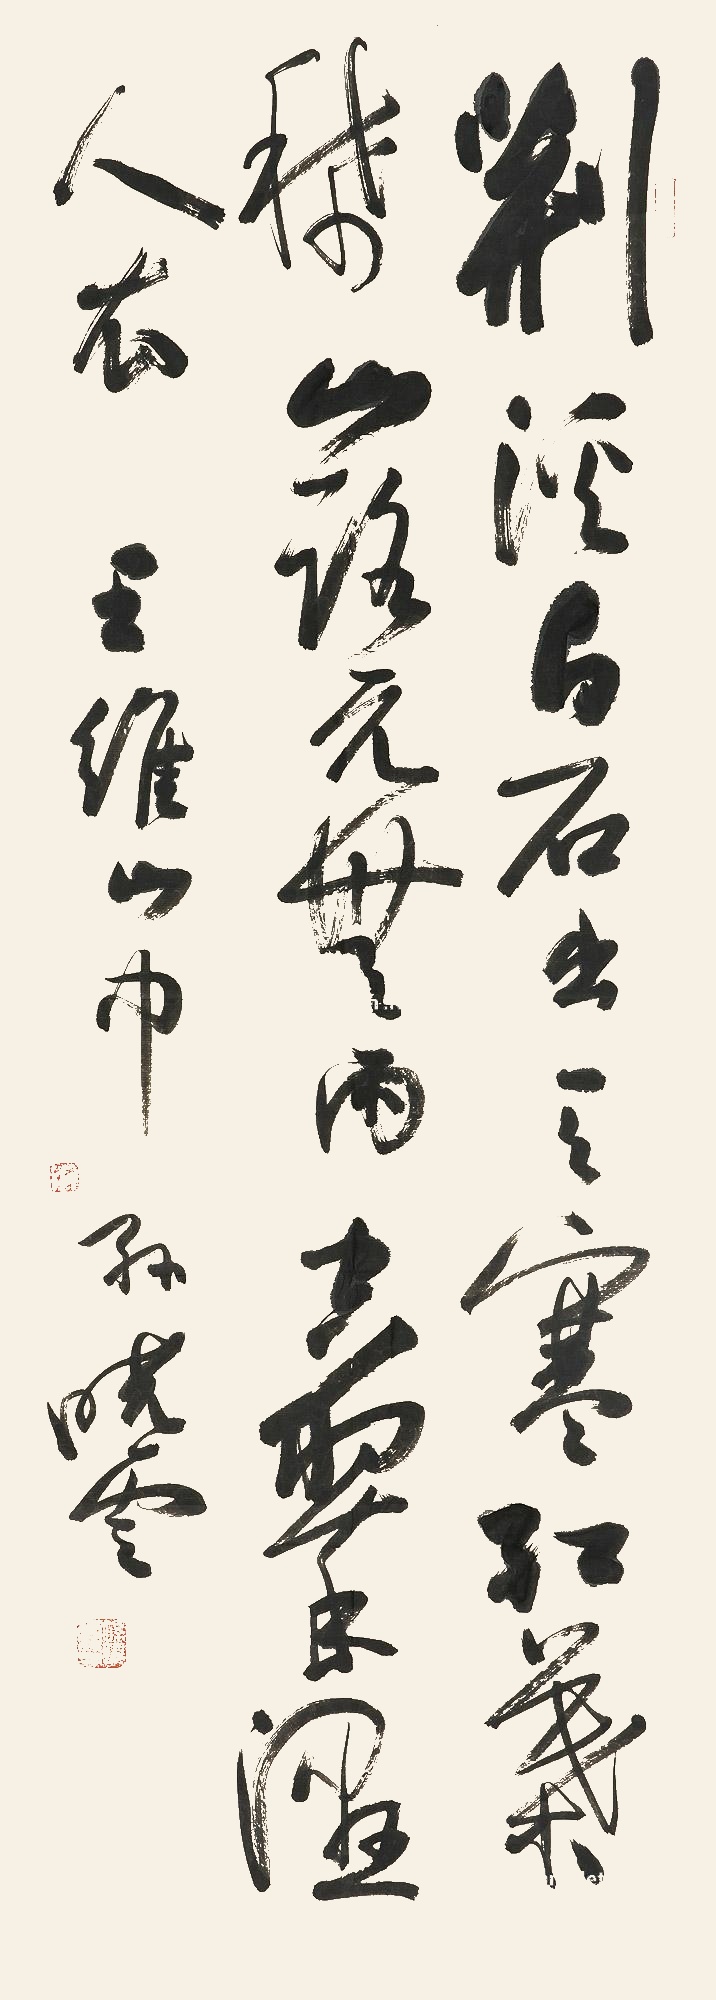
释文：荆溪白石出，天寒红叶稀。山路元无雨，空翠湿人衣。王维《山中》，孙晓云。